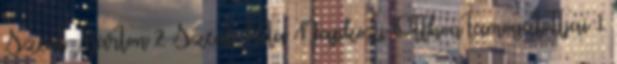
Szent Márton 2 Szent Rita Napközi Otthon támogatottjai 1